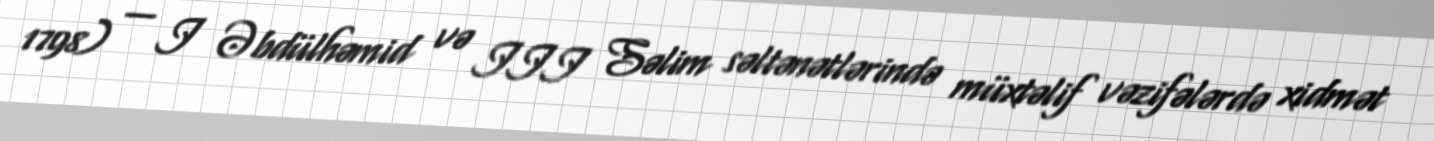
1798) — I Əbdülhəmid və III Səlim səltənətlərində müxtəlif vəzifələrdə xidmət